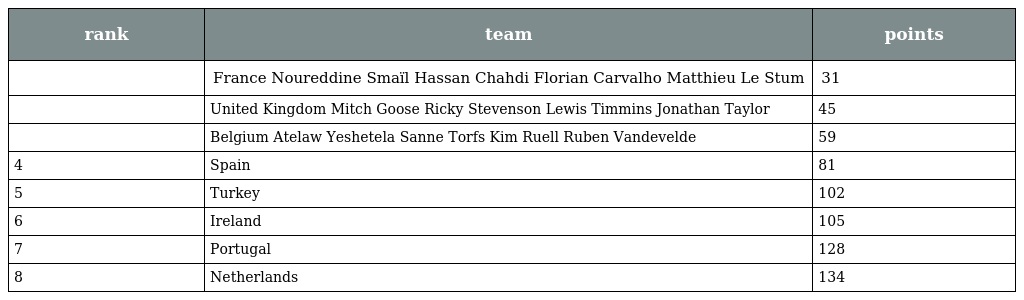
| rank | team | points |
 | --- | --- | --- |
 |  | France Noureddine Smaïl Hassan Chahdi Florian Carvalho Matthieu Le Stum | 31 |
 |  | United Kingdom Mitch Goose Ricky Stevenson Lewis Timmins Jonathan Taylor | 45 |
 |  | Belgium Atelaw Yeshetela Sanne Torfs Kim Ruell Ruben Vandevelde | 59 |
 | 4 | Spain | 81 |
 | 5 | Turkey | 102 |
 | 6 | Ireland | 105 |
 | 7 | Portugal | 128 |
 | 8 | Netherlands | 134 |